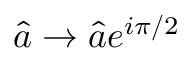
\hat { a } \rightarrow \hat { a } e ^ { i \pi / 2 }